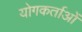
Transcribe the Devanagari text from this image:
योगकर्ताओं